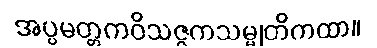
အပ္ပမတ္တကဝိသဇ္ဇကသမ္မုတိကထာ။